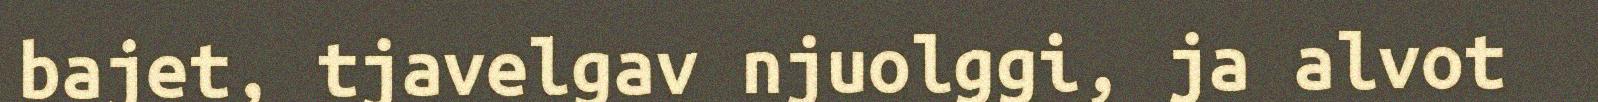
bajet, tjavelgav njuolggi, ja alvot